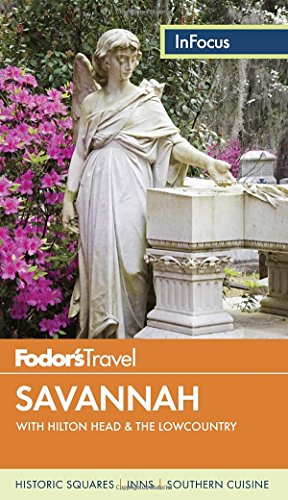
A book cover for Fodor's In Focus Savannah: with Hilton Head & the Lowcountry (Travel Guide); Fodor's; Travel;